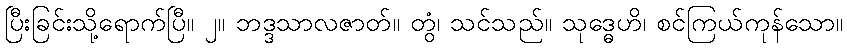
ပြီးခြင်းသို့ရောက်ပြီ။ ၂။ ဘဒ္ဒသာလဇာတ်။ တွံ၊ သင်သည်။ သုဒ္ဓေဟိ၊ စင်ကြယ်ကုန်သော။